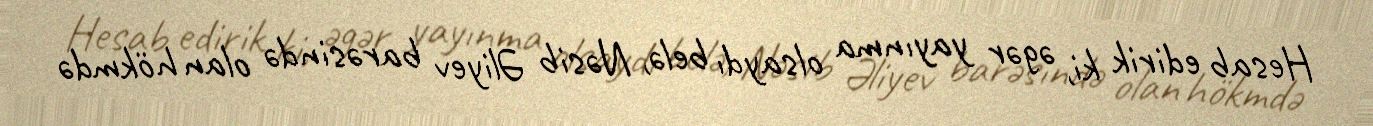
Hesab edirik ki, əgər yayınma olsaydı belə, Nəsib Əliyev barəsində olan hökmdə